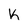
Character: h